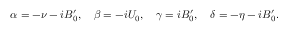
\alpha = - \nu - i B _ { 0 } ^ { \prime } , \quad \beta = - i U _ { 0 } , \quad \gamma = i B _ { 0 } ^ { \prime } , \quad \delta = - \eta - i B _ { 0 } ^ { \prime } .